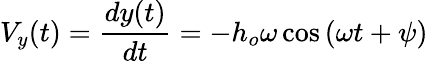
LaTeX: V_{y}(t)=\frac{dy(t)}{dt}=-h_{o}\omega\cos\left(\omega t+\psi\right)